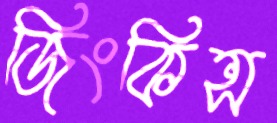
জিংকিন্স